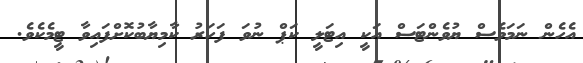
އެހެން ނަމަވެސް ޔުވެންޓަސް އަކީ އިޓަލީ ކަޕް ނުވަ ފަހަރު ކާމިޔާބުކޮށްފައިވާ ޓީމެކެވެ.